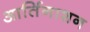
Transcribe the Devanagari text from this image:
आर्तिनाशन